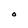
Character: O